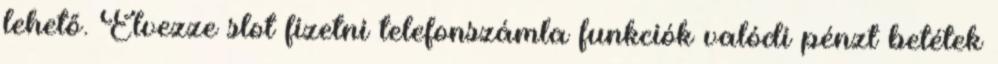
lehető. Élvezze slot fizetni telefonszámla funkciók valódi pénzt betétek